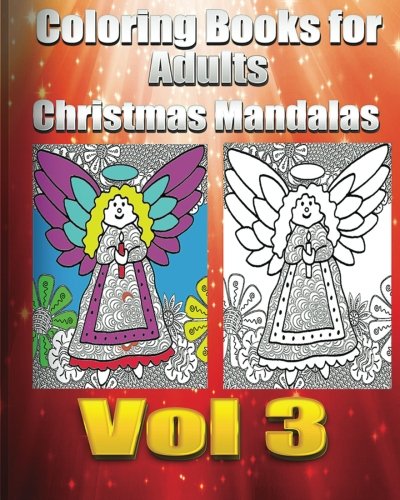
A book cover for Coloring Books For Adults Christmas Mandalas Vol3 (Holiday Mandalas ); Coloring Book Fun; Comics & Graphic Novels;